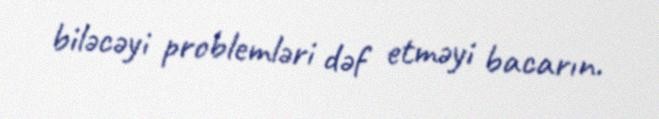
biləcəyi problemləri dəf etməyi bacarın.